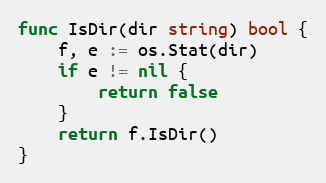
Language: Go
func IsDir(dir string) bool {
	f, e := os.Stat(dir)
	if e != nil {
		return false
	}
	return f.IsDir()
}